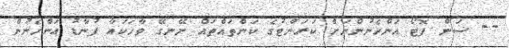
-- ސަން ފޮޓޯ އަންހެނުންނަށް ކަރަންޓުގެ ކަންތައްތައް ނޭނގޭ ވާހަކައާ ފުނާޑު އަންހެނުން